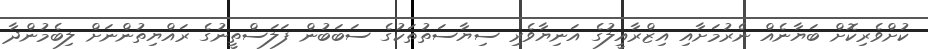
ކުށްވެރިކޮށް ބަޔާނެއް ނެރުމަށާއި އިޒްރާއީލުގެ އަނިޔާވެރި ސިޔާސަތުތަކުގެ ސަބަބުން ފަލަސްތީނުގެ ރައްޔިތުންނަށް ލިބެމުންދާ